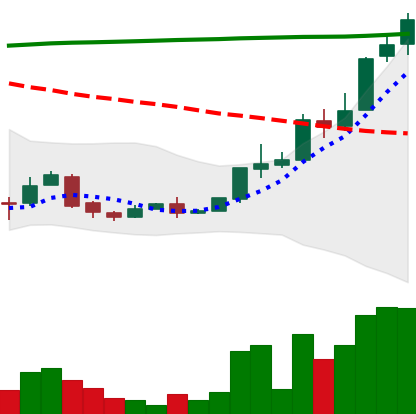
Ticker: XLM-USD
Chart end date: 2018-04-20
Forward return: -13.204%
Label: down_7plus